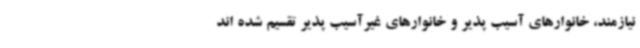
نیازمند، خانوارهای آسیب پذیر و خانوارهای غیرآسیب پذیر تقسیم شده اند